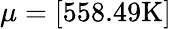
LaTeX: \mu=[558.49\mathrm{K}]